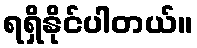
ရရှိနိုင်ပါတယ်။